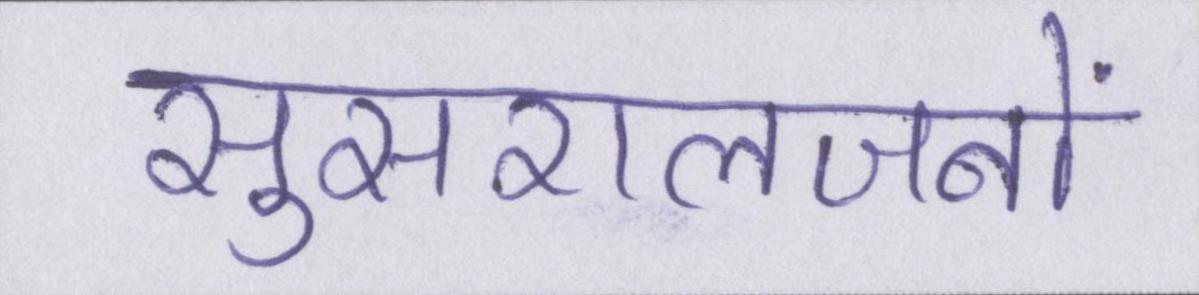
सुसरालजनों